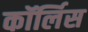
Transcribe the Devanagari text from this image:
कॉर्लिस